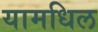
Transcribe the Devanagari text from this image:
यामधिल